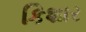
કિશાર